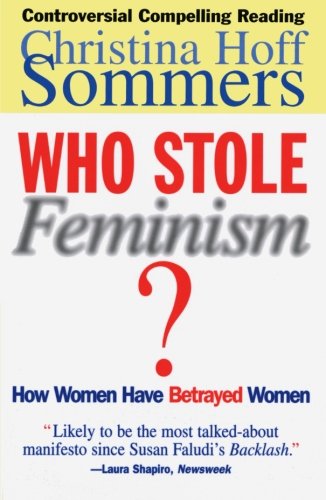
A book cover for Who Stole Feminism?: How Women Have Betrayed Women; Christina Hoff Sommers; Gay & Lesbian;